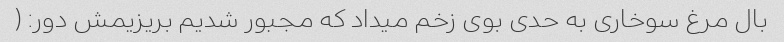
بال مرغ سوخاری به حدی بوی زخم میداد که مجبور شدیم بریزیمش دور: (